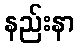
နည်းနာ